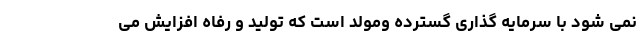
نمی شود با سرمایه گذاری گسترده ومولد است که تولید و رفاه افزایش می